Scottish Certificate of Education, 1963
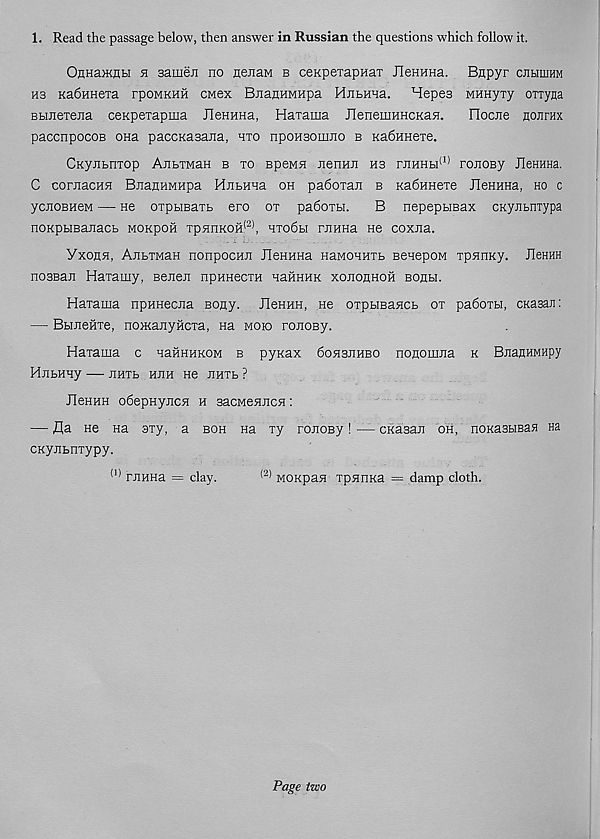
1. Read the passage below, then answer in Russian the questions which follow it.
OnHajKHH h sameJi no aenaM b ceKpexapHaT JleHHna. Bapyr cnbiniHM
ns Ka6nHeia rpoMKHH cmox BjianHMHpa HjibHna. Hopes MHHyxy oxiyna
Bbineiejia ceKpexapma JleHHHa, Haxama HenemKHCKan.
Flocxte hojixhx
paccnpocoB ona paccKasaaa, nxo npoHsomao b KaSHnexe.
CKyabnxop AnbxMaH b xo BpeMa jiennji hs rjiHHbi (I) roaoBy JleHHHa.
C coraacna BnanHMHpa Habnaa oh pa6oxan b Ka6HHexe JleHHHa, ho c
ycnoBHeM — He oxpbmaxb ero ox pa6oxbi.
B nepepbrnax cKyabnxypa
noKpbiBaaacb mokpoh xpanKOH 12 *, nxobbi ranHa He coxaa.
Yxohh, AabXMan nonpocHa JleHHHa HawoHHXb senepoM xpanxy. JleHHH
nossaa Haxamy, Beaea npanecxH HaitHHK xoaonHofi bohh.
Haxama npunecaa sony. JIchkh, He oxpbiBaacb ox paboxu, cKasaa:
— Bbiaeftxe, noataayHcxa, na moko roaosy.
Haxama c aaHHHKOM b pyxax boasaHBo noaomaa k BaanHMHpy
HabHny — hhxb Han He anxb ?
JleHHH odepHyacH h sacMeHaca:
— fla He na sxy, a boh na xy roaoBy! — chasaa oh, noKasHBaa na
CKyabnxypy.
(1) raHHa = clay.
(2) MOKpaa xpanaa = damp cloth.
Page two